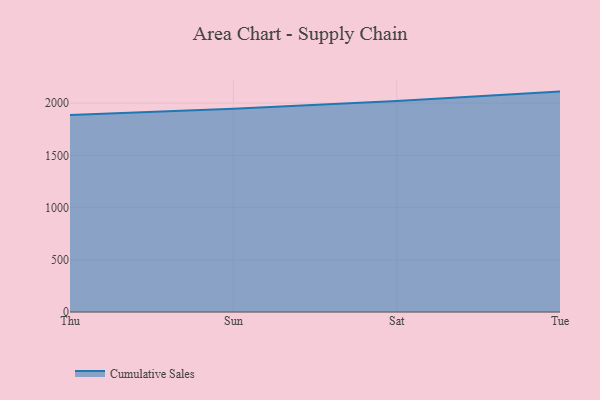
{"axis": {"x": "Day", "y": "Market Share (%)"}, "legend": ["Cumulative Sales"], "data": [{"x": "Thu", "y": 1886.7, "type": "Cumulative Sales"}, {"x": "Sun", "y": 1946.5, "type": "Cumulative Sales"}, {"x": "Sat", "y": 2019.3, "type": "Cumulative Sales"}, {"x": "Tue", "y": 2110.1, "type": "Cumulative Sales"}]}